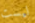
ليست